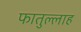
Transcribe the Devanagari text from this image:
फातुल्लाह